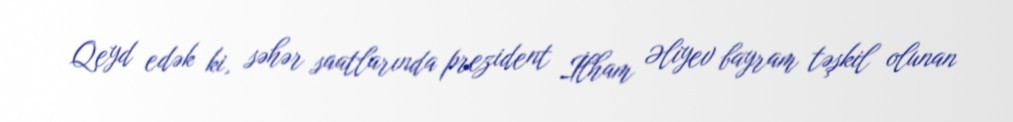
Qeyd edək ki, səhər saatlarında prezident İlham Əliyev bayram təşkil olunan